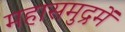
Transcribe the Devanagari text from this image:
महासमुद्रमें